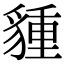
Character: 𧳮